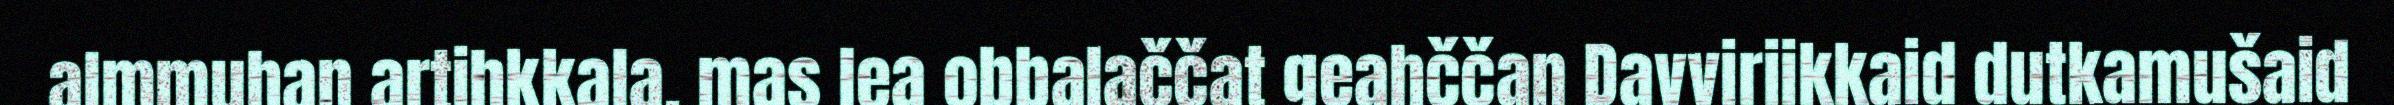
almmuhan artihkkala, mas lea obbalaččat geahččan Davviriikkaid dutkamušaid